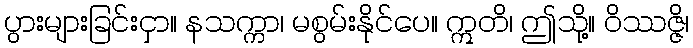
ပွားများခြင်းငှာ။ နသက္ကာ၊ မစွမ်းနိုင်ပေ။ ဣတိ၊ ဤသို့။ ဝိဿဇ္ဇိ၊